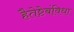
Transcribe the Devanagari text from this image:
हैतेष्टेबंविधा